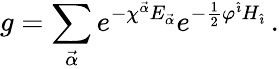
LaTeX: g=\sum_{\vec{\alpha}}e^{-\chi^{\vec{\alpha}}E_{\vec{\alpha}}}e^{-\frac{1}{2}\varphi^{\hat{\imath}}H_{\hat{\imath}}}\, .